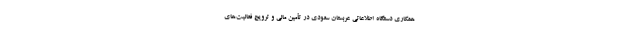
همکاری دستگاه اطلاعاتی عربستان سعودی در تأمین مالی و ترویج فعالیت‌های